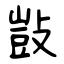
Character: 敱